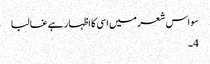
سو اس شعر میں اسی کا اظہار ہے غالبا
4۔